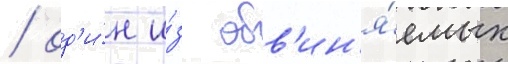
/ од'и́н и́з обв'ин'я́емых